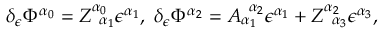
\delta _ { \epsilon } \Phi ^ { \alpha _ { 0 } } = Z _ { \; \; \alpha _ { 1 } } ^ { \alpha _ { 0 } } \epsilon ^ { \alpha _ { 1 } } , \; \delta _ { \epsilon } \Phi ^ { \alpha _ { 2 } } = A _ { \alpha _ { 1 } } ^ { \; \; \alpha _ { 2 } } \epsilon ^ { \alpha _ { 1 } } + Z _ { \; \; \alpha _ { 3 } } ^ { \alpha _ { 2 } } \epsilon ^ { \alpha _ { 3 } } ,